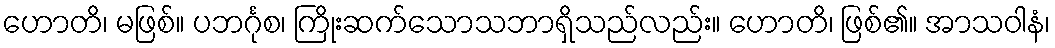
ဟောတိ၊ မဖြစ်။ ပဘင်္ဂုစ၊ ကြိုးဆက်သောသဘာရှိသည်လည်း။ ဟောတိ၊ ဖြစ်၏။ အာသဝါနံ၊